Lunatic asylums Burma 1922-24 - 1922-1924
Year: 1922
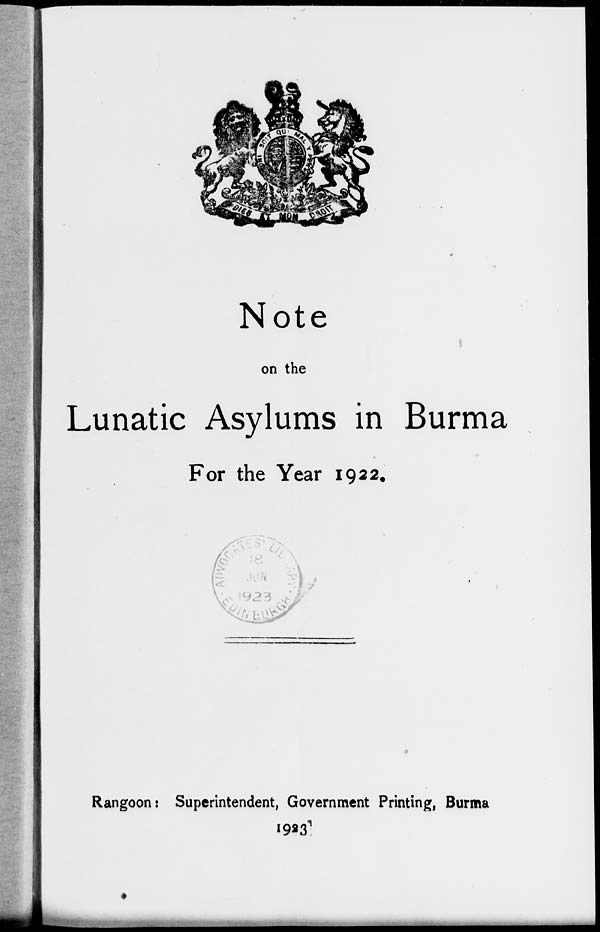
Note
on the
Lunatic Asylums in Burma
For the Year 1922.
Rangoon: Superintendent, Government Printing, Burma
1923